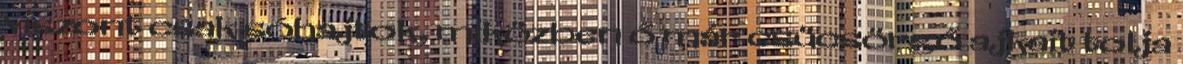
viszont csak sóhajtok, miközben ő már csücsörgő ajkait tolja